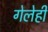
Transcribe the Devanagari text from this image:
गेलेही